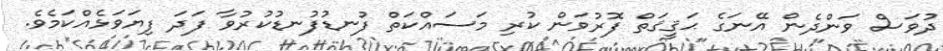
ދުވަސް ވަންދެން އޭނަގެ ޙަޤީޤަތް ފޮރުވަން ކުރި މަސައްކަތް ފުނޑުފުނޑުކުރުވާ ފަދަ ފިޔަވަޅެއްކަމެވެ.